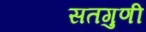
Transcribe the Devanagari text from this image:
सतगुणी